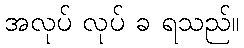
အလုပ် လုပ် ခ ရသည်။